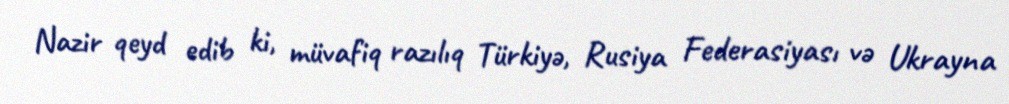
Nazir qeyd edib ki, müvafiq razılıq Türkiyə, Rusiya Federasiyası və Ukrayna